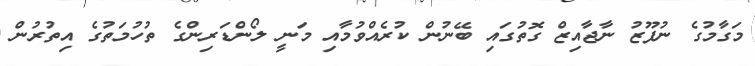
މަގާމުގެ ނުފޫޒު ނާޖާއިޒް ގޮތުގައި ބޭނުން ކުރެއްވުމާއި މަނީ ލޯންޑަރިންގެ ތުހުމަތުގެ އިތުރުން